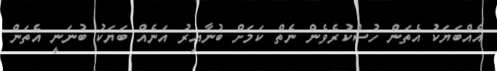
އެއްބަޔަކު އެތަން ހުސްކުރެވެން ނެތް ކަމަށް ބުނާއިރު އަނެއް ބަޔަކު ބުނަނީ އެތަން